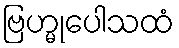
ဗြဟ္မုပေါသထံ